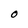
Character: O